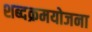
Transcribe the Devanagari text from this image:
शब्दक्रमयोजना